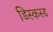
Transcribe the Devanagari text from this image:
डिस्कस्ड